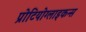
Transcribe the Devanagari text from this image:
प्रोटियोग्लाइकन्स